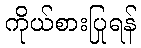
ကိုယ်စားပြုရန်